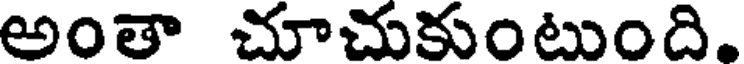
అంతా చూచుకుంటుంది,